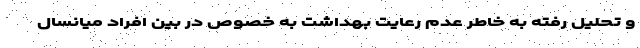
و تحلیل رفته به خاطر عدم رعایت بهداشت به خصوص در بین افراد میانسال